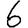
Digit: 6